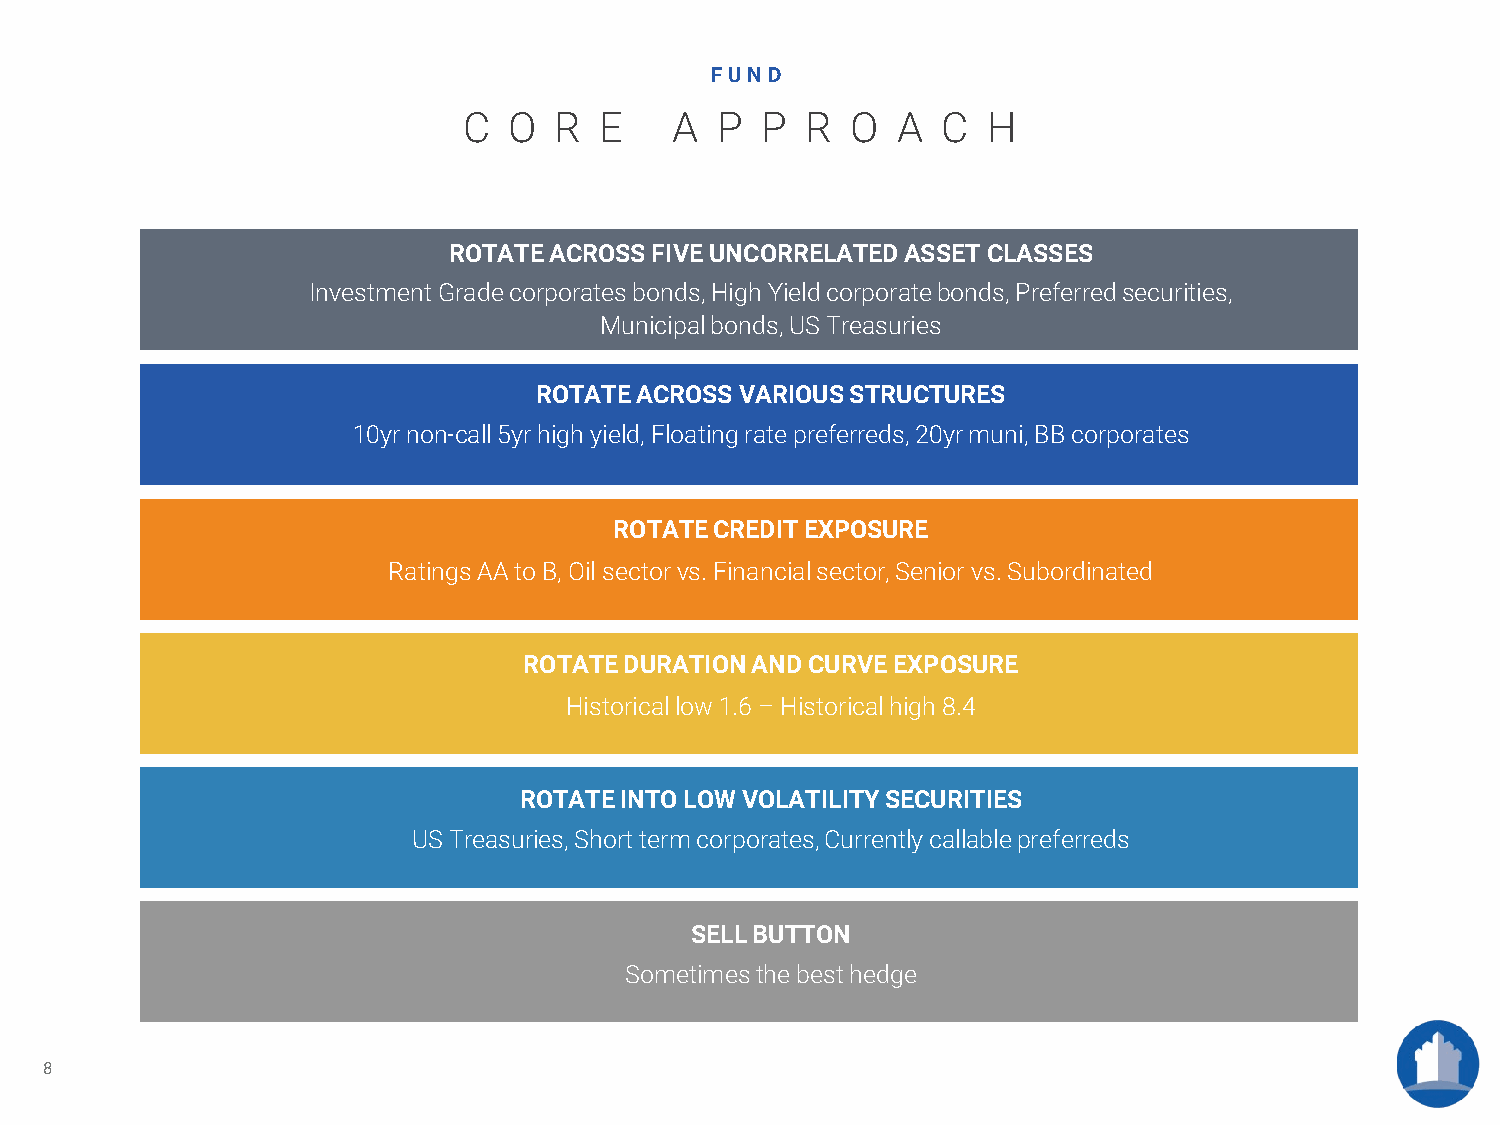
FUND
 C  O  R  E    A P  P  R  O  A  C  H
 ROTATEACROSS FIVEUNCORRELATEDASSET CLASSES
 InvestmentGrade corporatesbonds,High Yieldcorporatebonds,Preferredsecurities,
 Municipal bonds,US Treasuries
 ROTATEACROSS  VARIOUS STRUCTURES
 10yrnon-call5yr high yield,Floatingratepreferreds,20yr muni,BB corporates
 ROTATECREDITEXPOSURE
 RatingsAAtoB,Oilsectorvs.Financial sector,Seniorvs.Subordinated
 ROTATEDURATIONANDCURVEEXPOSURE
 Historical low 1.6–Historicalhigh 8.4
 ROTATEINTOLOWVOLATILITYSECURITIES
 US Treasuries,Shorttermcorporates,Currentlycallablepreferreds
 SELLBUTTON
 Sometimesthe best hedge
 8